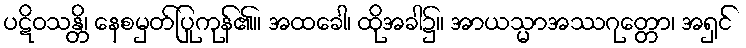
ပဋိဝသန္တိ၊ နေစမှတ်ပြုကုန်၏။ အထခေါ၊ ထိုအခါ၌။ အာယသ္မာအဿဂုတ္တော၊ အရှင်